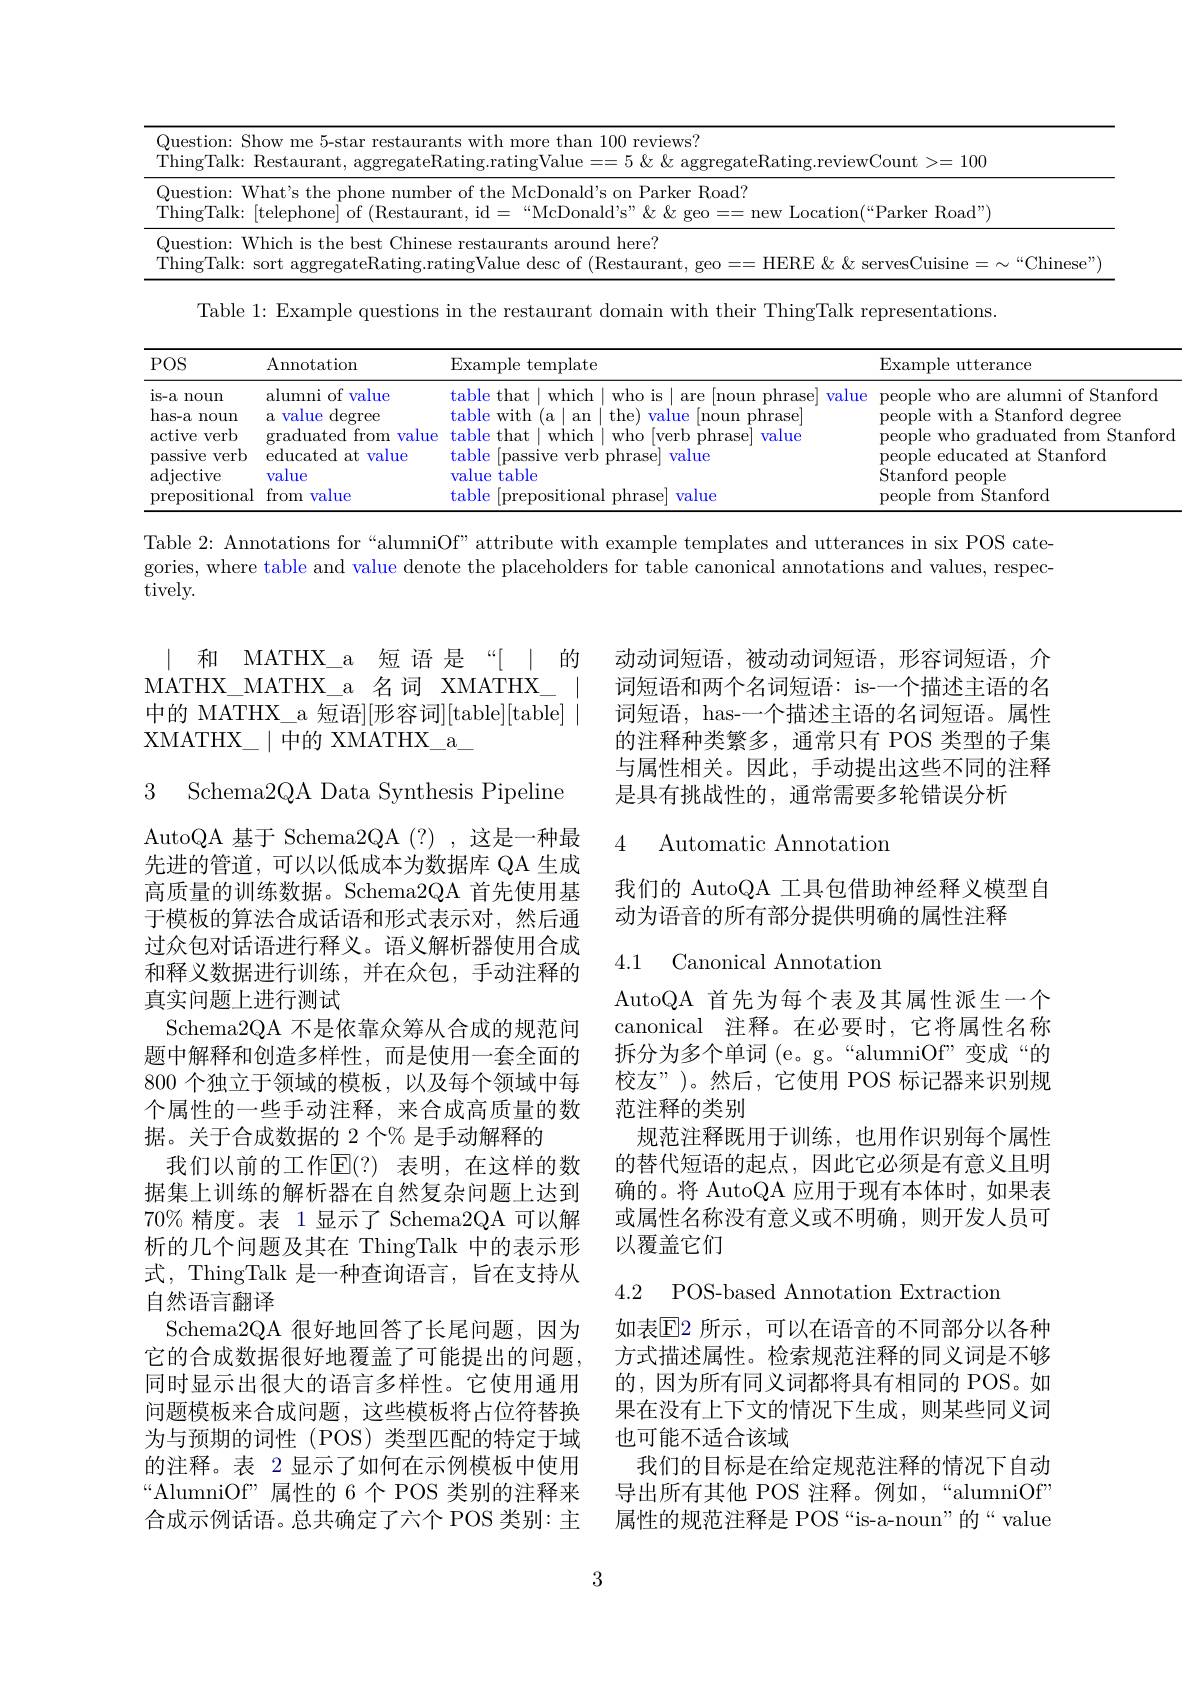
<table>
	<tbody>
		<tr>
			<td>$Qu\epsilon$ Thi</td>
			<td>Show me 5-star restaurants with more than $\textbf{1 100 reviews? }$ Restaurant, aggregateRating.ratingValue 5 , $\&$ $:\&$ aggregateRating.reviewCount >=1 100</td>
		</tr>
		<tr>
			<td>$Qu\epsilon$ Thi</td>
			<td>What's the phone number of the McDonald's on I Parker Road? $\tilde{I}:$ [telephone] of (Restaurant, $\operatorname{id}$ $“$McDonald's" $\&$ geo new Location( “ Parker] $\mathrm{Road}^{,,})$</td>
		</tr>
		<tr>
			<td>$Qu\epsilon$ 1 Thi</td>
			<td>Which is the b best Chinese restaurants around here? Chinese</td>
		</tr>
	</tbody>
</table>

Table 1: Example questions in the restaurant domain with their ThingTalk representations.

<table>
	<tbody>
		<tr>
			<th>$POS$</th>
			<th>Annotation</th>
			<th>Example template</th>
			<th>Example utterance</th>
		</tr>
		<tr>
			<td>is-a noun</td>
			<td>alumni of value $\cdot$</td>
			<td>table that which $ar\epsilon$ noum 'ast alle</td>
			<td>people who are alumni of Star</td>
		</tr>
		<tr>
			<td>$has-a$ noun $\operatorname{active}$ verb</td>
			<td>value $\deg$ree $a$ from value graduated </td>
			<td>table with (a | $\mid$an the) value e |noun phrase table that $\mid$which 1 [verb phrase] value who</td>
			<td>$e$with a Stanford c $\operatorname{degre\epsilon}$ people who graduated from St people 11</td>
		</tr>
		<tr>
			<td>prepositional</td>
			<td>from value</td>
			<td>table prepositional phrase value</td>
			<td>people e from Stanford 1</td>
		</tr>
	</tbody>
</table>

Table 2: Annotations for“alumniOf”attribute with example templates and utterances in six POS categories, where table and value denote the placeholders for table canonical annotations and values, respectively.

|和 MATHX\_a 短 语是“[ | 的
MATHX\_ MATHX\_a 名 词 XMATHX\_
中的 MATHX\_a 短语[形容词][table][table$]\mid$
XMATHX\_|中的 XMATHX\_a\_

动动词短语，被动动词短语，形容词短语，介词短语和两个名词短语：is-一个描述主语的名词短语，has-一个描述主语的名词短语。属性的注释种类繁多，通常只有 POS 类型的子集与属性相关。因此，手动提出这些不同的注释是具有挑战性的，通常需要多轮错误分析

3 Schema2QA Data Synthesis Pipeline

### 4 Automatic Annotation

我们的 AutoQA 工具包借助神经释义模型自
动为语音的所有部分提供明确的属性注释

### 4.1 Canonical Annotatiom

AutoQA 首先为每个表及其属性派生一个canonical 注释。在必要时，它将属性名称拆分为多个单词 (e。g。“alumniOf”变成“的校友”)。然后，它使用 POS 标记器来识别规范注释的类别
规范注释既用于训练，也用作识别每个属性的替代短语的起点，因此它必须是有意义且明确的。将 AutoQA 应用于现有本体时，如果表或属性名称没有意义或不明确，则开发人员可以覆盖它们

AutoQA 基于 Schema2QA(?),这是一种最先进的管道，可以以低成本为数据库 QA 生成高质量的训练数据。Schema2QA 首先使用基于模板的算法合成话语和形式表示对，然后通过众包对话语进行释义。语义解析器使用合成和释义数据进行训练，并在众包，手动注释的真实问题上进行测试
Schema2QA 不是依靠众筹从合成的规范问题中解释和创造多样性，而是使用一套全面的800 个独立于领域的模板，以及每个领域中每个属性的一些手动注释，来合成高质量的数据。关于合成数据的 2 个% 是手动解释的
我们以前的工作$\operatorname{E}(?)$ 表明，在这样的数据集上训练的解析器在自然复杂问题上达到$70\%$精度。表 1显示了 Schema2QA 可以解析的几个问题及其在 ThingTalk 中的表示形式，ThingTalk 是一种查询语言，旨在支持从自然语言翻译
Schema2QA 很好地回答了长尾问题，因为它的合成数据很好地覆盖了可能提出的问题， 同时显示出很大的语言多样性。它使用通用问题模板来合成问题，这些模板将占位符替换为与预期的词性(POS)类型匹配的特定于域的注释。表 2 显示了如何在示例模板中使用“AlumniOf”属性的 6个 POS 类别的注释来合成示例话语。总共确定了六个 POS 类别：主

4.2 POS-based Annotation Extraction

如表$\mathbb{E}$2 所示，可以在语音的不同部分以各种方式描述属性。检索规范注释的同义词是不够的，因为所有同义词都将具有相同的 POS。如果在没有上下文的情况下生成，则某些同义词也可能不适合该域
我们的目标是在给定规范注释的情况下自动导出所有其他 POS 注释。例如，“alumniOf” 属性的规范注释是 POS“is-a-noun”的“value

3